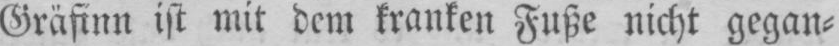
Gräfinn ist mit dem kranken Fuße nicht gegan⸗